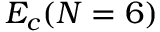
E _ { c } ( N = 6 )